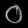
Digit: ၀